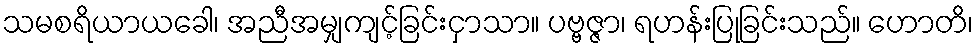
သမစရိယာယခေါ၊ အညီအမျှကျင့်ခြင်းငှာသာ။ ပဗ္ဗဇ္ဇာ၊ ရဟန်းပြုခြင်းသည်။ ဟောတိ၊